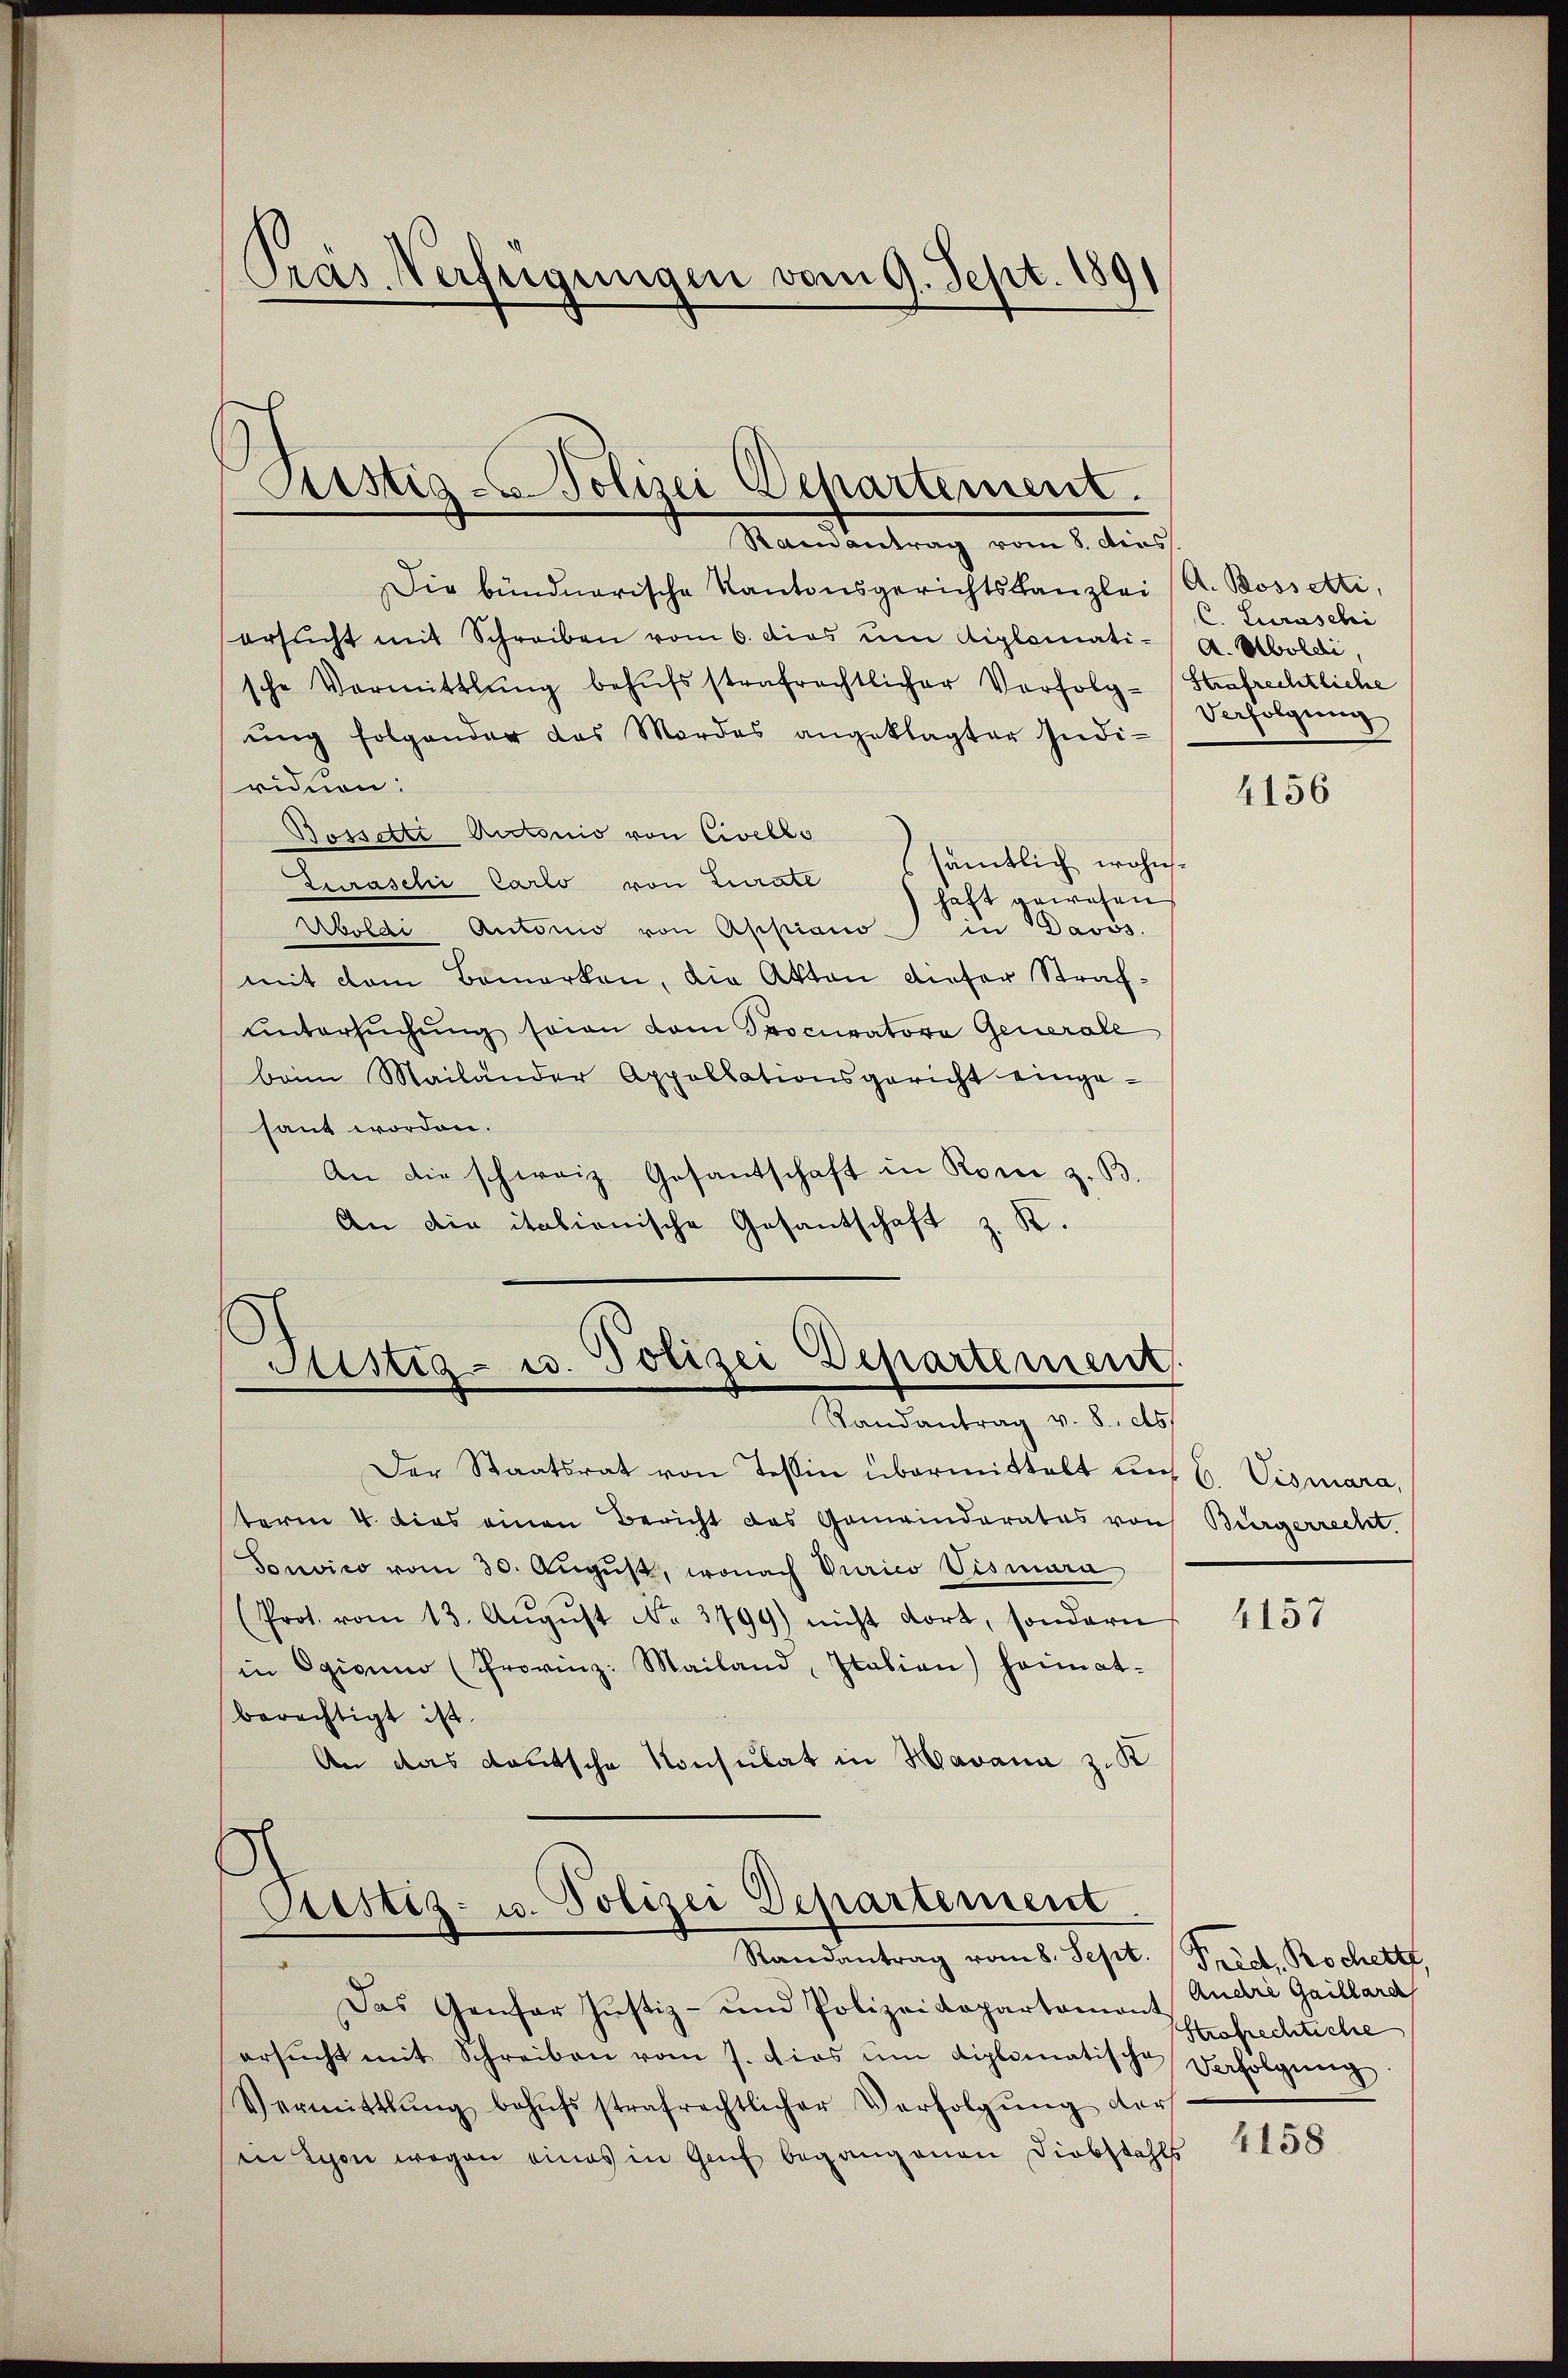
Pras Verfügungen vom 9. Sept. 1891

Raenantrag vom 8. dies
Die bündnerische Kantonsgerichtskanzlei (A. Bossetti,
ersucht mit Schreiben vom 6. dies um diplomatische Vormittlung behŭfsstrafrechtlicher Vorfolg-Strafrechtliche
ŭng folgender das Mordes angeklagter Indi-
ridnen.
Bosselte Actonio von Civello
Zuraschi Carlo von Lurates sämtlich wohn-
haft gewesen
Aboldi Autorio von Appiano in Davos.
mit dem Bemerken, die Akten dieser Strafuntersuchung seien vom Spocuratore Generale
beim Mailander Appollationsgericht einge-
sant worden.
An die schweiz. Gesantschaft in Rorei z. B.
An die italionische Gesantschaft z. K.

Gustiz- Polizei Departement.

Justiz- u. Polizei Departement.
Randantrag v. 8. ds

Der Staatsrat von Tessin übermittelt uns b. Vismara,
term 4. dies einen Bericht des Gemeinderates von
Sonvico vom 30. Aŭgŭst, wonach Purico Vismara
(Prot. vom 13. Aŭgŭst No. 3799) nicht dort, sondern
in Ogiorno (Provinz Mailand, Italien) heimat-
berechtigt ist.
An das deutsche Konsulat in Havana z. K

Cristiz- u. Polizei Departement.
Randantrag vom 8. Sept. Pred. Rochett

C. Curaschi
A.Aboldi,
Verfolgung

4156

Bürgerrecht.

Das Genfer Justiz- und Polizeidepartament
ersŭcht mit Schreiben vom 7. dies ŭm diplomatische Verfolgŭng
Vermittlung behŭfs strafrechtlicher Verfolgŭng der
in schon wegen eines in Genf begangenen Diebstahls

4157

Andre Gaillard
Strafrechtiche

4158